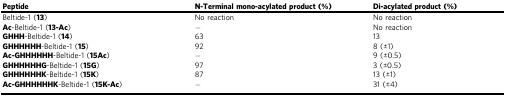
| Peptide | N-Terminal mono-acylated product (%) | Di-acylated product (%) |
 | --- | --- | --- |
 | Beltide-1 (13) | No reaction | No reaction |
 | Ac-Beltide-1 (13-Ac) | − | No reaction |
 | GHHH-Beltide-1 (14) | 63 | 13 |
 | GHHHHHH-Beltide-1 (15) | 92 | 8 (±1) |
 | Ac-GHHHHHH-Beltide-1 (15Ac) | − | 9 (±0.5) |
 | GHHHHHHG-Beltide-1 (15G) | 97 | 3 (±0.5) |
 | GHHHHHHK-Beltide-1 (15K) | 87 | 13 (±1) |
 | Ac-GHHHHHHK-Beltide-1 (15K-Ac) | − | 31 (±4) |